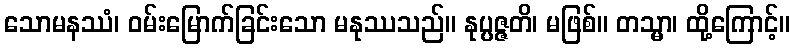
သောမနဿံ၊ ဝမ်းမြောက်ခြင်းသော မနုဿသည်။ နုပ္ပဇ္ဇတိ၊ မဖြစ်။ တသ္မာ၊ ထို့ကြောင့်။